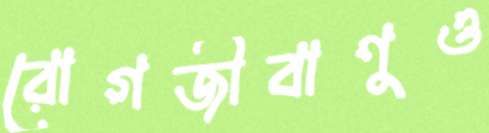
রোগজীবাণুও